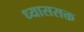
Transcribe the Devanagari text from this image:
ध्याससक्त